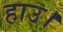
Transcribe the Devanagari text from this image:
हाउ।